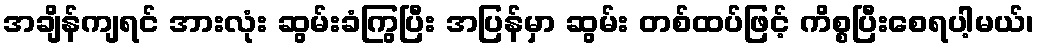
အချိန်ကျရင် အားလုံး ဆွမ်းခံကြွပြီး အပြန်မှာ ဆွမ်း တစ်ထပ်ဖြင့် ကိစ္စပြီးစေရပါ့မယ်၊